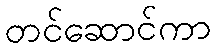
တင်ဆောင်ကာ